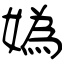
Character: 媯